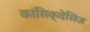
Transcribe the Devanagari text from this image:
कांसिक्वेसिंज़